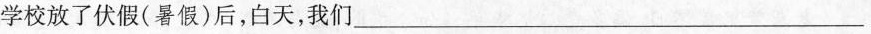
学校放了伏假(暑假)后，白天，我们___